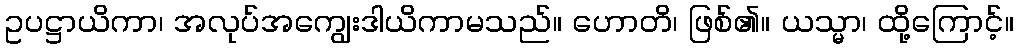
ဥပဋ္ဌာယိကာ၊ အလုပ်အကျွေးဒါယိကာမသည်။ ဟောတိ၊ ဖြစ်၏။ ယသ္မာ၊ ထို့ကြောင့်။